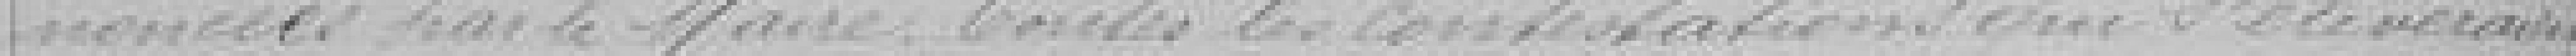
annoncées par le Maire. Toutes les contestations qui s'élèveraient